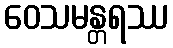
ဝေသမန္တရဿ